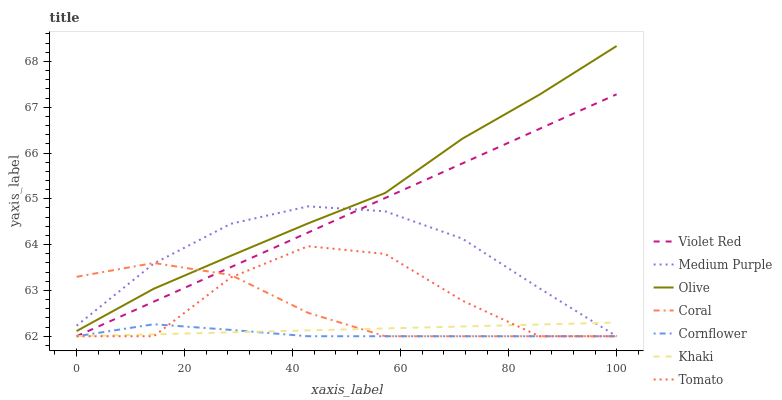
| xaxis_label | Violet Red | Medium Purple | Olive | Coral | Cornflower | Khaki | Tomato |
 | --- | --- | --- | --- | --- | --- | --- | --- |
 | 0 | 62 | 62.2 | 62.1 | 63.3 | 62 | 62 | 62 |
 | 14.3 | 62.8 | 63.6 | 63 | 63.6 | 62.3 | 62 | 62 |
 | 28.6 | 63.5 | 64.5 | 63.8 | 63.3 | 62.1 | 62.1 | 63.3 |
 | 42.9 | 64.3 | 64.8 | 64.5 | 62.5 | 62 | 62.1 | 64 |
 | 57.1 | 65 | 64.7 | 65.1 | 62 | 62 | 62.2 | 63.8 |
 | 71.4 | 65.8 | 64.1 | 66.3 | 62 | 62 | 62.2 | 62.8 |
 | 85.7 | 66.5 | 63 | 67.3 | 62 | 62 | 62.3 | 62 |
 | 100 | 67.3 | 62 | 68.3 | 62 | 62 | 62.3 | 62 |